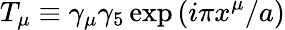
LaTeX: T_{\mu}\equiv\gamma_{\mu}\gamma_{5}\exp{(i\pi x^{\mu}/a)}